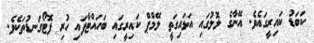
ކަބަޑު ކައިރީގައެވެ. އޭނާގެ ލޮލުގައި އަޅައިގަތީ ލޭމްޕް ކައިރީގައި ބަހައްޓާފައި ހުރި ފޮޓޯގަނޑުތަކެވެ.